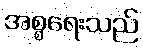
အစ္စရေးသည်